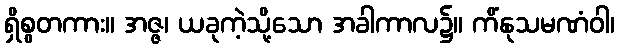
ရှိစွတကား။ အဇ္ဇ၊ ယခုကဲ့သို့သော အခါကာလ၌။ ကိံနုသမဏံဝါ၊